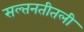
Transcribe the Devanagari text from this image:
सल्तनतीतली